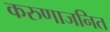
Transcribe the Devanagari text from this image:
करुणाजनित